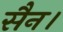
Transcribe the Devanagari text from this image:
सैन।